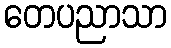
တေပညာသာ